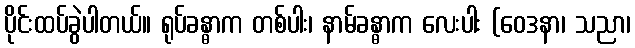
ပိုင်းထပ်ခွဲပါတယ်။ ရုပ်ခန္ဓာက တစ်ပါး၊ နာမ်ခန္ဓာက လေးပါး (ဝေဒနာ၊ သညာ၊